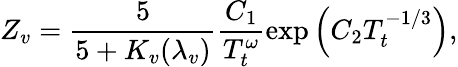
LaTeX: Z_{v}=\frac{5}{5+K_{v}(\lambda_{v})}\frac{C_{1}}{T_{t}^{\omega}}\exp\left(C_{2}T_{t}^{-1/3}\right),